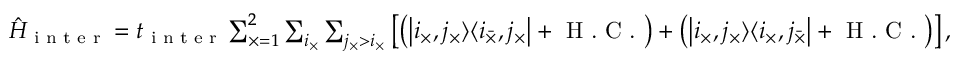
\begin{array} { r } { \hat { H } _ { \textrm { i n t e r } } = t _ { \textrm { i n t e r } } \sum _ { \times = 1 } ^ { 2 } \sum _ { i _ { \times } } \sum _ { j _ { \times } > i _ { \times } } \left[ \left( \left| i _ { \times } , j _ { \times } \rangle \langle i _ { \bar { \times } } , j _ { { \times } } \right| + \textrm { H . C . } \right) + \left( \left| i _ { \times } , j _ { \times } \rangle \langle i _ { { \times } } , j _ { \bar { \times } } \right| + \textrm { H . C . } \right) \right] , } \end{array}